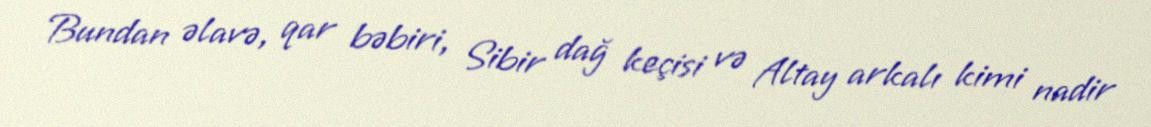
Bundan əlavə, qar bəbiri, Sibir dağ keçisi və Altay arkalı kimi nadir